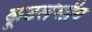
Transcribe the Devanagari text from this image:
कूटलेखीय